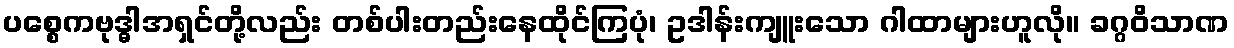
ပစ္စေကဗုဒ္ဓါအရှင်တို့လည်း တစ်ပါးတည်းနေထိုင်ကြပုံ၊ ဥဒါန်းကျူးသော ဂါထာများဟူလို။ ခဂ္ဂဝိသာဏ